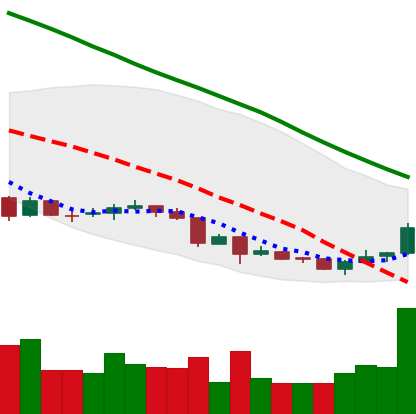
Ticker: NEO-USD
Chart end date: 2018-07-02
Forward return: 9.326%
Label: up_7plus